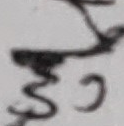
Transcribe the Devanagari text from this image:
५२